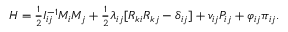
\begin{array} { r } { H = \frac 1 2 I _ { i j } ^ { - 1 } M _ { i } M _ { j } + \frac 1 2 \lambda _ { i j } [ R _ { k i } R _ { k j } - \delta _ { i j } ] + v _ { i j } P _ { i j } + \varphi _ { i j } \pi _ { i j } . } \end{array}